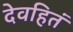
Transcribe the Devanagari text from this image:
देवहितं